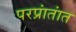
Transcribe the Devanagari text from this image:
परप्रांतांत